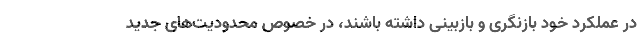
در عملکرد خود بازنگری و بازبینی داشته باشند، در خصوص محدودیت‌های جدید